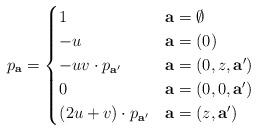
LaTeX: \begin{align*}p_{{\bf a}}=\begin{cases}1 & {\bf a}=\emptyset\\-u & {\bf a}=(0)\\-uv\cdot p_{{\bf a}'} & {\bf a}=(0,z,{\bf a}')\\0 & {\bf a}=(0,0,{\bf a}')\\(2u+v)\cdot p_{{\bf a}'} & {\bf a}=(z,{\bf a}')\end{cases}\end{align*}